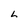
Character: L